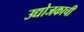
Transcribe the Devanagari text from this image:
उद्योजकाची